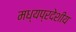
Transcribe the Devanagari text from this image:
मध्यप्रदेशीय